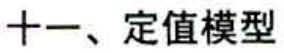
十一、定值模型